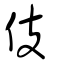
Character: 伎